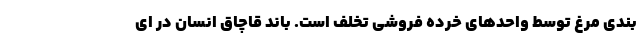
بندی مرغ توسط واحدهای خرده فروشی تخلف است. باند قاچاق انسان در ای